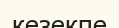
кезекпе